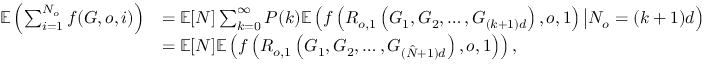
\begin{array} { r l } { \mathbb { E } \left( \sum _ { i = 1 } ^ { N _ { o } } f ( G , o , i ) \right) } & { = \mathbb { E } [ N ] \sum _ { k = 0 } ^ { \infty } P ( k ) \mathbb { E } \left( f \left( R _ { o , 1 } \left( G _ { 1 } , G _ { 2 } , \ldots , G _ { ( k + 1 ) d } \right) , o , 1 \right) \big | N _ { o } = ( k + 1 ) d \right) } \\ & { = \mathbb { E } [ N ] \mathbb { E } \left( f \left( R _ { o , 1 } \left( G _ { 1 } , G _ { 2 } , \ldots , G _ { ( \hat { N } + 1 ) d } \right) , o , 1 \right) \right) , } \end{array}